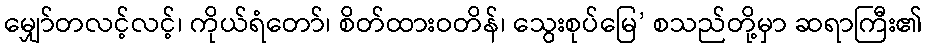
မျှော်တလင့်လင့်၊ ကိုယ်ရံတော်၊ စိတ်ထားဝတိန်၊ သွေးစုပ်မြေ’ စသည်တို့မှာ ဆရာကြီး၏